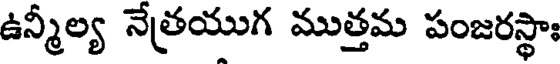
ఉన్మీల్య నేత్రయుగ ముత్తమ పంజరస్థాః